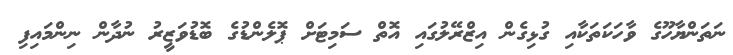
ނަތަންޔާހޫގެ ވާހަކަތަކާއި ގުޅިގެން އިޒްރޭލުގައި އޮތް ސަމިޓަށް ޕޮލެންޑުގެ ބޮޑުވަޒީރު ނުދާން ނިންމައިފި